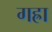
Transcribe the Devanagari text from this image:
गह्रा